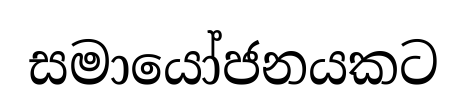
සමායෝජනයකට